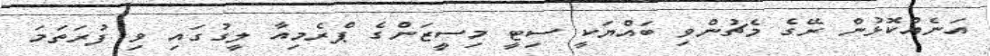
އަނެއްކޮޅުން ރޭގެ މެޗުންވި ބައްޔަކީ ސިޓީ މިސީޒަންގެ ޕްރެމިއާ ލީގުގައި ވި ފުރަތަމަ